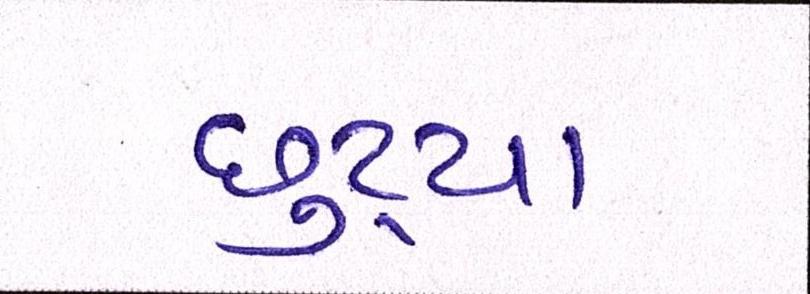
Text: છુટ્યા